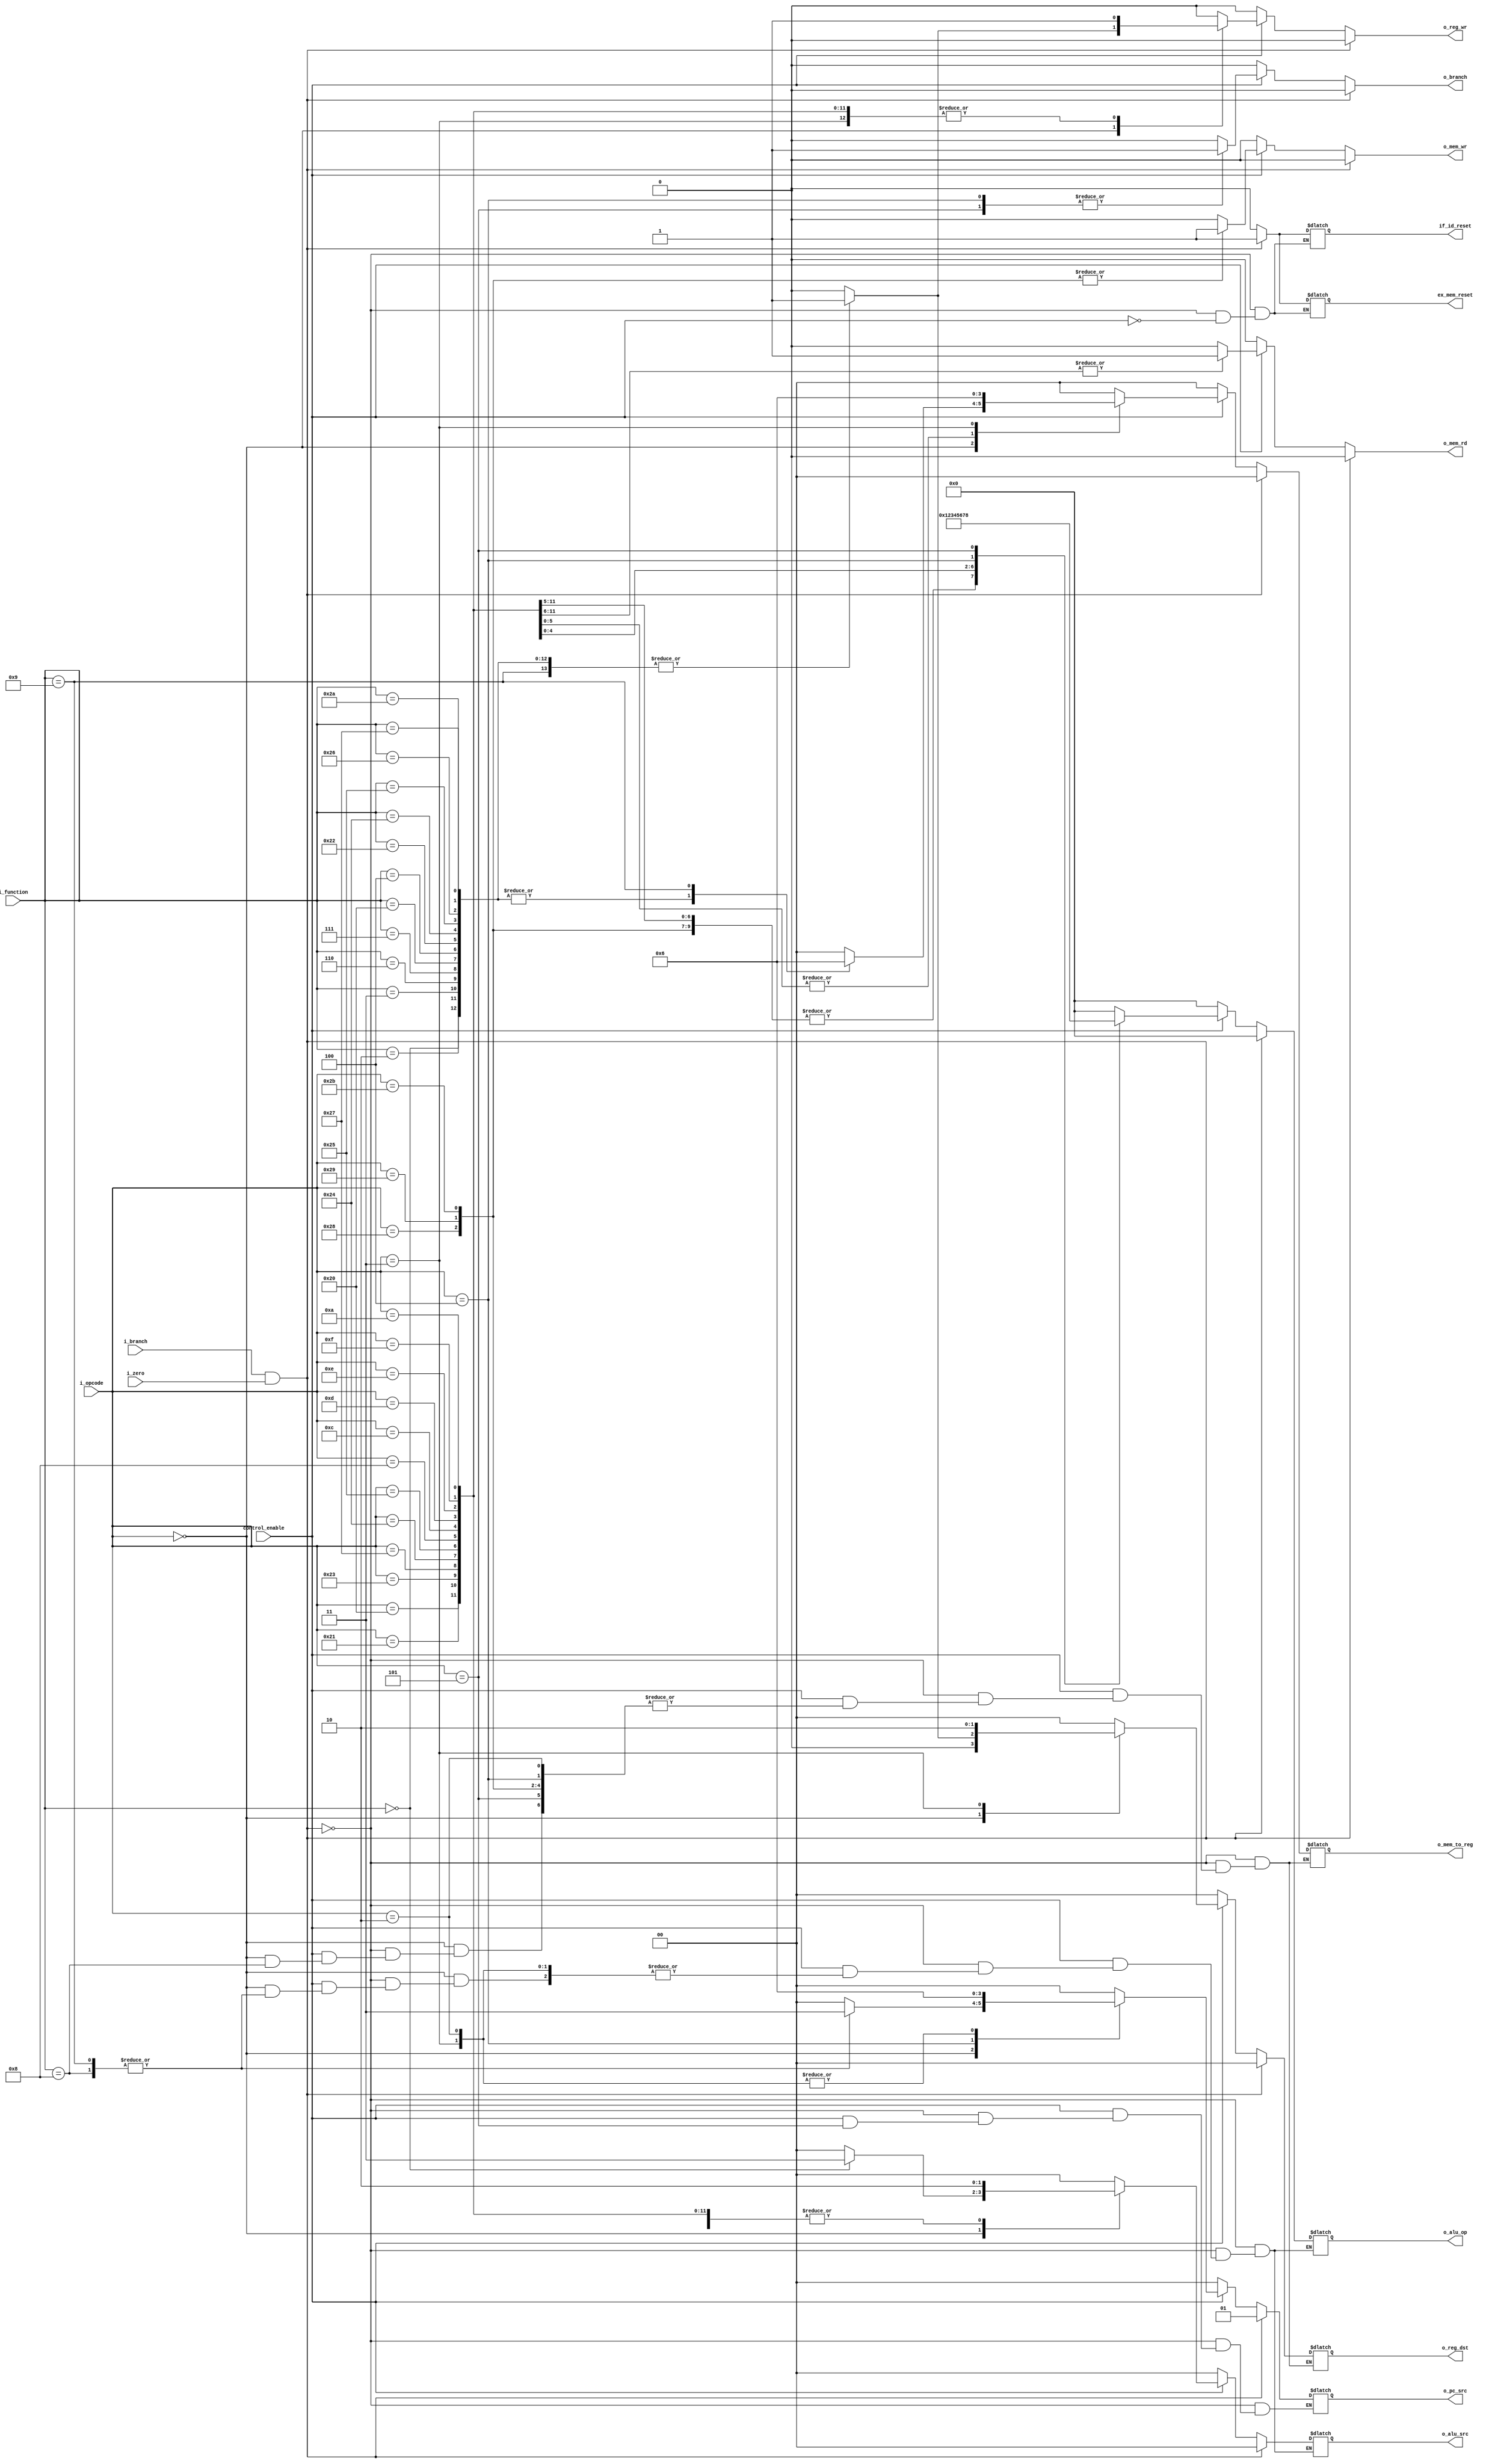
`timescale 1ns / 1ps
//////////////////////////////////////////////////////////////////////////////////
// Company: 
// Engineer: 
// 
// Design Name: 
// Module Name: Control
// Project Name: 
// Target Devices: 
// Tool Versions: 
// Description: 
// 
// Dependencies: 
// 
// Revision:
// Revision 0.01 - File Created
// Additional Comments:
// 
//////////////////////////////////////////////////////////////////////////////////


module Control#(

        //Parameters
        parameter   N_BITS_OPCODE    =   6,
        parameter   N_BITS_FUNCTION  =   6,
        parameter   N_BITS_ALUOP     =   4,
        
        parameter   R_TYPE_ALUCODE          =   4'b0000,
        parameter   LOAD_STORE_ADDI_ALUCODE =   4'b0001,
        parameter   ANDI_ALUCODE            =   4'b0010,
        parameter   ORI_ALUCODE             =   4'b0011,
        parameter   XORI_ALUCODE            =   4'b0100,
        parameter   LUI_ALUCODE             =   4'b0101,
        parameter   SLTI_ALUCODE            =   4'b0110,
        parameter   BEQ_ALUCODE             =   4'b0111,
        parameter   BNE_ALUCODE             =   4'b1000,
                
        parameter   R_TYPE_OPCODE    =   6'b000000,
        parameter   LB_OPCODE        =   6'b100000,
        parameter   LH_OPCODE        =   6'b100001,
        parameter   LW_OPCODE        =   6'b100011,
        parameter   LWU_OPCODE       =   6'b100111,
        parameter   LBU_OPCODE       =   6'b100100,
        parameter   LHU_OPCODE       =   6'b100101,
        parameter   SB_OPCODE        =   6'b101000,
        parameter   SH_OPCODE        =   6'b101001,
        parameter   SW_OPCODE        =   6'b101011,
        parameter   ADDI_OPCODE      =   6'b001000,
        parameter   ANDI_OPCODE      =   6'b001100,   
        parameter   ORI_OPCODE       =   6'b001101,    
        parameter   XORI_OPCODE      =   6'b001110,    
        parameter   LUI_OPCODE       =   6'b001111,   
        parameter   SLTI_OPCODE      =   6'b001010,    
        parameter   BEQ_OPCODE       =   6'b000100,        
        parameter   BNE_OPCODE       =   6'b000101,
        parameter   J_OPCODE         =   6'b000010,  
        parameter   JAL_OPCODE       =   6'b000011,   
        
        parameter   SLL_FUNCTIONCODE =  6'b000000,
        parameter   SRL_FUNCTIONCODE =  6'b000010,
        parameter   SRA_FUNCTIONCODE =  6'b000011,
        parameter   ADD_FUNCTIONCODE =  6'b100000,
        parameter   SUB_FUNCTIONCODE =  6'b100010,
        parameter   AND_FUNCTIONCODE =  6'b100100,
        parameter   OR_FUNCTIONCODE  =  6'b100101,
        parameter   XOR_FUNCTIONCODE =  6'b100110,
        parameter   NOR_FUNCTIONCODE =  6'b100111,
        parameter   SLT_FUNCTIONCODE =  6'b101010,
        parameter   SLLV_FUNCTIONCODE = 6'b000100,
        parameter   SRLV_FUNCTIONCODE = 6'b000110,
        parameter   SRAV_FUNCTIONCODE = 6'b000111,
        parameter   JALR_FUNCTIONCODE = 6'b001001,
        parameter   JR_FUNCTIONCODE   = 6'b001000
    )
    (
        //Input 
        input   wire    control_enable,
        input   wire    i_zero, i_branch,
        input   wire    [N_BITS_OPCODE - 1 : 0]     i_opcode,
        input   wire    [N_BITS_FUNCTION - 1 : 0]   i_function,
        
        //Output
        output  reg             o_reg_wr,
        output  reg     [1:0]   o_reg_dst,
        output  reg             o_branch,
        output  reg             o_mem_rd, o_mem_wr,
        output  reg     [1:0]   o_alu_src,o_pc_src,
        output  reg     [N_BITS_ALUOP - 1 : 0]  o_alu_op,
        output  reg     [1:0]   o_mem_to_reg,
        //Output en caso de branch, para realizar un flush 
        output  reg             if_id_reset,
        output  reg             ex_mem_reset  
    );
    
    always@(*)
    begin
        //Si se ejecuto un branch, flush sobre las instrucciones de ID, EX
        if(i_branch && i_zero) //VER PORQUE IMPORTA LA SEAL DE CERO
        begin
            if_id_reset = 1'b1;
            ex_mem_reset = 1'b1;
            o_pc_src = 2'b01;           //IF (PC <= PC + offset + 1)
            o_reg_wr = 1'b0;            //ID
            o_alu_src = 2'b00;          //EX
            o_alu_op = R_TYPE_ALUCODE;
            o_reg_dst = 2'b00;
            o_mem_rd = 1'b0;            //MEM
            o_mem_wr = 1'b0;
            o_branch = 1'b0;
            o_mem_to_reg = 2'b00;       //WB
        end
        
        else if(control_enable)
        begin
            if_id_reset = 1'b0;
            ex_mem_reset = 1'b0;
            case(i_opcode)
                //Register type instuctions
                R_TYPE_OPCODE:
                begin
                    case(i_function)
                        SLL_FUNCTIONCODE:
                        begin
                            o_pc_src = 2'b00;               //IF
                            o_reg_wr = 1'b1;                //ID
                            o_alu_src = 2'b11;              //EX
                            o_alu_op = R_TYPE_ALUCODE;
                            o_reg_dst = 2'b01;
                            o_mem_rd = 1'b0;                //MEM
                            o_mem_wr = 1'b0;
                            o_branch = 1'b0;
                            o_mem_to_reg = 2'b01;           //WB
                        end
                        SRL_FUNCTIONCODE:
                        begin
                            o_pc_src = 2'b00;               //IF
                            o_reg_wr = 1'b1;                //ID
                            o_alu_src = 2'b00;              //EX
                            o_alu_op = R_TYPE_ALUCODE;
                            o_reg_dst = 2'b01;
                            o_mem_rd = 1'b0;                //MEM
                            o_mem_wr = 1'b0;
                            o_branch = 1'b0;
                            o_mem_to_reg = 2'b01;           //WB
                        end
                        SRA_FUNCTIONCODE:
                        begin
                            o_pc_src = 2'b00;               //IF
                            o_reg_wr = 1'b1;                //ID
                            o_alu_src = 2'b00;              //EX
                            o_alu_op = R_TYPE_ALUCODE;
                            o_reg_dst = 2'b01;
                            o_mem_rd = 1'b0;                //MEM
                            o_mem_wr = 1'b0;
                            o_branch = 1'b0;
                            o_mem_to_reg = 2'b01;           //WB
                        end
                        SRLV_FUNCTIONCODE:
                        begin
                            o_pc_src = 2'b00;               //IF
                            o_reg_wr = 1'b1;                //ID
                            o_alu_src = 2'b00;              //EX
                            o_alu_op = R_TYPE_ALUCODE;
                            o_reg_dst = 2'b01;
                            o_mem_rd = 1'b0;                //MEM
                            o_mem_wr = 1'b0;
                            o_branch = 1'b0;
                            o_mem_to_reg = 2'b01;           //WB
                        end
                        SRAV_FUNCTIONCODE:
                        begin
                            o_pc_src = 2'b00;               //IF
                            o_reg_wr = 1'b1;                //ID
                            o_alu_src = 2'b00;              //EX
                            o_alu_op = R_TYPE_ALUCODE;
                            o_reg_dst = 2'b01;
                            o_mem_rd = 1'b0;                //MEM
                            o_mem_wr = 1'b0;
                            o_branch = 1'b0;
                            o_mem_to_reg = 2'b01;           //WB
                        end
                        ADD_FUNCTIONCODE:
                        begin
                            o_pc_src = 2'b00;               //IF
                            o_reg_wr = 1'b1;                //ID
                            o_alu_src = 2'b00;              //EX
                            o_alu_op = R_TYPE_ALUCODE;
                            o_reg_dst = 2'b01;
                            o_mem_rd = 1'b0;                //MEM
                            o_mem_wr = 1'b0;
                            o_branch = 1'b0;
                            o_mem_to_reg = 2'b01;           //WB
                        end
                        SLLV_FUNCTIONCODE:
                        begin
                            o_pc_src = 2'b00;               //IF
                            o_reg_wr = 1'b1;                //ID
                            o_alu_src = 2'b00;              //EX
                            o_alu_op = R_TYPE_ALUCODE;
                            o_reg_dst = 2'b01;
                            o_mem_rd = 1'b0;                //MEM
                            o_mem_wr = 1'b0;
                            o_branch = 1'b0;
                            o_mem_to_reg = 2'b01;           //WB
                        end
                        SUB_FUNCTIONCODE:
                        begin
                            o_pc_src = 2'b00;               //IF
                            o_reg_wr = 1'b1;                //ID
                            o_alu_src = 2'b00;              //EX
                            o_alu_op = R_TYPE_ALUCODE;
                            o_reg_dst = 2'b01;
                            o_mem_rd = 1'b0;                //MEM
                            o_mem_wr = 1'b0;
                            o_branch = 1'b0;
                            o_mem_to_reg = 2'b01;           //WB
                        end
                        AND_FUNCTIONCODE:
                        begin
                            o_pc_src = 2'b00;               //IF
                            o_reg_wr = 1'b1;                //ID
                            o_alu_src = 2'b00;              //EX
                            o_alu_op = R_TYPE_ALUCODE;
                            o_reg_dst = 2'b01;
                            o_mem_rd = 1'b0;                //MEM
                            o_mem_wr = 1'b0;
                            o_branch = 1'b0;
                            o_mem_to_reg = 2'b01;           //WB
                        end
                        OR_FUNCTIONCODE:
                        begin
                            o_pc_src = 2'b00;               //IF
                            o_reg_wr = 1'b1;                //ID
                            o_alu_src = 2'b00;              //EX
                            o_alu_op = R_TYPE_ALUCODE;
                            o_reg_dst = 2'b01;
                            o_mem_rd = 1'b0;                //MEM
                            o_mem_wr = 1'b0;
                            o_branch = 1'b0;
                            o_mem_to_reg = 2'b01;           //WB
                        end
                        XOR_FUNCTIONCODE:
                        begin
                            o_pc_src = 2'b00;               //IF
                            o_reg_wr = 1'b1;                //ID
                            o_alu_src = 2'b00;              //EX
                            o_alu_op = R_TYPE_ALUCODE;
                            o_reg_dst = 2'b01;
                            o_mem_rd = 1'b0;                //MEM
                            o_mem_wr = 1'b0;
                            o_branch = 1'b0;
                            o_mem_to_reg = 2'b01;           //WB
                        end
                        NOR_FUNCTIONCODE:
                        begin
                            o_pc_src = 2'b00;               //IF
                            o_reg_wr = 1'b1;                //ID
                            o_alu_src = 2'b00;              //EX
                            o_alu_op = R_TYPE_ALUCODE;
                            o_reg_dst = 2'b01;
                            o_mem_rd = 1'b0;                //MEM
                            o_mem_wr = 1'b0;
                            o_branch = 1'b0;
                            o_mem_to_reg = 2'b01;           //WB
                        end
                        SLT_FUNCTIONCODE:
                        begin
                            o_pc_src = 2'b00;               //IF
                            o_reg_wr = 1'b1;                //ID
                            o_alu_src = 2'b00;              //EX
                            o_alu_op = R_TYPE_ALUCODE;
                            o_reg_dst = 2'b01;
                            o_mem_rd = 1'b0;                //MEM
                            o_mem_wr = 1'b0;
                            o_branch = 1'b0;
                            o_mem_to_reg = 2'b01;           //WB
                        end
                        JALR_FUNCTIONCODE:
                        begin
                            o_pc_src = 2'b11;               //IF
                            o_reg_wr = 1'b1;                //ID
                            //o_alu_src = 2'b00;              //EX
                            //o_alu_op = R_TYPE_ALUCODE;
                            o_reg_dst = 2'b01;
                            o_mem_rd = 1'b0;                //MEM
                            o_mem_wr = 1'b0;
                            o_branch = 1'b0;
                            o_mem_to_reg = 2'b10;           //WB
                        end
                        JR_FUNCTIONCODE:
                        begin
                            o_pc_src = 2'b11;               //IF
                            o_reg_wr = 1'b0;                //ID
                            //o_alu_src = 2'b00;              //EX
                            //o_alu_op = R_TYPE_ALUCODE;
                            //o_reg_dst = 2'b01;
                            o_mem_rd = 1'b0;                //MEM
                            o_mem_wr = 1'b0;
                            o_branch = 1'b0;
                            //o_mem_to_reg = 2'b10;           //WB
                        end
                        default:
                        begin
                            o_pc_src = 2'b00;               //IF
                            o_reg_wr = 1'b0;                //ID
                            o_alu_src = 2'b00;              //EX
                            o_alu_op = 'b0;
                            o_reg_dst = 2'b00;
                            o_mem_rd = 1'b0;                //MEM
                            o_mem_wr = 1'b0;
                            o_branch = 1'b0;
                            o_mem_to_reg = 2'b00;           //WB
                        end
                    endcase
                end
                
                //Immediate-type instructions
                LB_OPCODE:
                begin
                    o_pc_src = 2'b00;               //IF
                    o_reg_wr = 1'b1;                //ID
                    o_alu_src = 2'b10;              //EX
                    o_alu_op = LOAD_STORE_ADDI_ALUCODE;
                    o_reg_dst = 2'b00;
                    o_mem_rd = 1'b1;                //MEM
                    o_mem_wr = 1'b0;
                    o_branch = 1'b0;
                    o_mem_to_reg = 2'b00;           //WB
                end
                LH_OPCODE:
                begin
                    o_pc_src = 2'b00;               //IF
                    o_reg_wr = 1'b1;                //ID
                    o_alu_src = 2'b10;              //EX
                    o_alu_op = LOAD_STORE_ADDI_ALUCODE;
                    o_reg_dst = 2'b00;
                    o_mem_rd = 1'b1;                //MEM
                    o_mem_wr = 1'b0;
                    o_branch = 1'b0;
                    o_mem_to_reg = 2'b00;           //WB
                end
                LW_OPCODE:
                begin
                    o_pc_src = 2'b00;               //IF
                    o_reg_wr = 1'b1;                //ID
                    o_alu_src = 2'b10;              //EX
                    o_alu_op = LOAD_STORE_ADDI_ALUCODE;
                    o_reg_dst = 2'b00;
                    o_mem_rd = 1'b1;                //MEM
                    o_mem_wr = 1'b0;
                    o_branch = 1'b0;
                    o_mem_to_reg = 2'b00;           //WB
                end
                LWU_OPCODE:
                begin
                    o_pc_src = 2'b00;               //IF
                    o_reg_wr = 1'b1;                //ID
                    o_alu_src = 2'b10;              //EX
                    o_alu_op = LOAD_STORE_ADDI_ALUCODE;
                    o_reg_dst = 2'b00;
                    o_mem_rd = 1'b1;                //MEM
                    o_mem_wr = 1'b0;
                    o_branch = 1'b0;
                    o_mem_to_reg = 2'b00;           //WB
                end
                LBU_OPCODE:
                begin
                    o_pc_src = 2'b00;               //IF
                    o_reg_wr = 1'b1;                //ID
                    o_alu_src = 2'b10;              //EX
                    o_alu_op = LOAD_STORE_ADDI_ALUCODE;
                    o_reg_dst = 2'b00;
                    o_mem_rd = 1'b1;                //MEM
                    o_mem_wr = 1'b0;
                    o_branch = 1'b0;
                    o_mem_to_reg = 2'b00;           //WB
                end
                LHU_OPCODE:
                begin
                    o_pc_src = 2'b00;               //IF
                    o_reg_wr = 1'b1;                //ID
                    o_alu_src = 2'b10;              //EX
                    o_alu_op = LOAD_STORE_ADDI_ALUCODE;
                    o_reg_dst = 2'b00;
                    o_mem_rd = 1'b1;                //MEM
                    o_mem_wr = 1'b0;
                    o_branch = 1'b0;
                    o_mem_to_reg = 2'b00;           //WB
                end
                SB_OPCODE:
                begin
                    o_pc_src = 2'b00;               //IF
                    o_reg_wr = 1'b0;                //ID
                    o_alu_src = 2'b10;              //EX
                    o_alu_op = LOAD_STORE_ADDI_ALUCODE;
                    //o_reg_dst = 2'b00;
                    o_mem_rd = 1'b0;                //MEM
                    o_mem_wr = 1'b1;
                    o_branch = 1'b0;
                    //o_mem_to_reg = 2'b01;           //WB
                end
                SH_OPCODE:
                begin
                    o_pc_src = 2'b00;               //IF
                    o_reg_wr = 1'b0;                //ID
                    o_alu_src = 2'b10;              //EX
                    o_alu_op = LOAD_STORE_ADDI_ALUCODE;
                    //o_reg_dst = 2'b00;
                    o_mem_rd = 1'b0;                //MEM
                    o_mem_wr = 1'b1;
                    o_branch = 1'b0;
                    //o_mem_to_reg = 2'b01;           //WB
                end
                SW_OPCODE:
                begin
                    o_pc_src = 2'b00;               //IF
                    o_reg_wr = 1'b0;                //ID
                    o_alu_src = 2'b10;              //EX
                    o_alu_op = LOAD_STORE_ADDI_ALUCODE;
                    //o_reg_dst = 2'b00;
                    o_mem_rd = 1'b0;                //MEM
                    o_mem_wr = 1'b1;
                    o_branch = 1'b0;
                    //o_mem_to_reg = 2'b01;           //WB
                end
                ADDI_OPCODE:
                begin
                    o_pc_src = 2'b00;               //IF
                    o_reg_wr = 1'b1;                //ID
                    o_alu_src = 2'b10;              //EX
                    o_alu_op = LOAD_STORE_ADDI_ALUCODE;
                    o_reg_dst = 2'b00;
                    o_mem_rd = 1'b0;                //MEM
                    o_mem_wr = 1'b0;
                    o_branch = 1'b0;
                    o_mem_to_reg = 2'b01;           //WB
                end
                ANDI_OPCODE:
                begin
                    o_pc_src = 2'b00;               //IF
                    o_reg_wr = 1'b1;                //ID
                    o_alu_src = 2'b10;              //EX
                    o_alu_op = ANDI_ALUCODE;
                    o_reg_dst = 2'b00;
                    o_mem_rd = 1'b0;                //MEM
                    o_mem_wr = 1'b0;
                    o_branch = 1'b0;
                    o_mem_to_reg = 2'b01;           //WB
                end
                ORI_OPCODE:
                begin
                    o_pc_src = 2'b00;               //IF
                    o_reg_wr = 1'b1;                //ID
                    o_alu_src = 2'b10;              //EX
                    o_alu_op = ORI_ALUCODE;
                    o_reg_dst = 2'b00;
                    o_mem_rd = 1'b0;                //MEM
                    o_mem_wr = 1'b0;
                    o_branch = 1'b0;
                    o_mem_to_reg = 2'b01;           //WB
                end
                XORI_OPCODE:
                begin
                    o_pc_src = 2'b00;               //IF
                    o_reg_wr = 1'b1;                //ID
                    o_alu_src = 2'b10;              //EX
                    o_alu_op = XORI_ALUCODE;
                    o_reg_dst = 2'b00;
                    o_mem_rd = 1'b0;                //MEM
                    o_mem_wr = 1'b0;
                    o_branch = 1'b0;
                    o_mem_to_reg = 2'b01;           //WB
                end
                LUI_OPCODE:
                begin
                    o_pc_src = 2'b00;               //IF
                    o_reg_wr = 1'b1;                //ID
                    o_alu_src = 2'b10;              //EX
                    o_alu_op = LUI_ALUCODE;
                    o_reg_dst = 2'b00;
                    o_mem_rd = 1'b0;                //MEM
                    o_mem_wr = 1'b0;
                    o_branch = 1'b0;
                    o_mem_to_reg = 2'b01;           //WB
                end
                SLTI_OPCODE:
                begin
                    o_pc_src = 2'b00;               //IF
                    o_reg_wr = 1'b1;                //ID
                    o_alu_src = 2'b10;              //EX
                    o_alu_op = SLTI_ALUCODE;
                    o_reg_dst = 2'b00;
                    o_mem_rd = 1'b0;                //MEM
                    o_mem_wr = 1'b0;
                    o_branch = 1'b0;
                    o_mem_to_reg = 2'b01;           //WB
                end
                BEQ_OPCODE:
                begin
                    o_pc_src = 2'b01;               //IF
                    o_reg_wr = 1'b0;                //ID
                    o_alu_src = 2'b00;              //EX
                    o_alu_op = BEQ_ALUCODE;
                    //o_reg_dst = 2'b00;
                    o_mem_rd = 1'b0;                //MEM
                    o_mem_wr = 1'b0;
                    o_branch = 1'b1;
                    //o_mem_to_reg = 2'b01;           //WB
                end
                BNE_OPCODE:
                begin
                    //o_pc_src = 2'b00;               //IF
                    o_reg_wr = 1'b0;                //ID
                    o_alu_src = 2'b00;              //EX
                    o_alu_op = BNE_ALUCODE;
                    //o_reg_dst = 2'b00;
                    o_mem_rd = 1'b0;                //MEM
                    o_mem_wr = 1'b0;
                    o_branch = 1'b1;
                    //o_mem_to_reg = 2'b01;           //WB
                end
                J_OPCODE:
                begin
                    o_pc_src = 2'b10;               //IF
                    o_reg_wr = 1'b0;                //ID
                    //o_alu_src = 2'b11;              //EX
                    //o_alu_op = BRANCH_ALUCODE;
                    //o_reg_dst = 2'b00;
                    o_mem_rd = 1'b0;                //MEM
                    o_mem_wr = 1'b0;
                    o_branch = 1'b0;
                    //o_mem_to_reg = 2'b01;           //WB
                end
                JAL_OPCODE:
                begin
                    o_pc_src = 2'b10;               //IF
                    o_reg_wr = 1'b1;                //ID
                    //o_alu_src = 2'b11;              //EX
                    //o_alu_op = BEQ_ALUCODE;
                    o_reg_dst = 2'b10;
                    o_mem_rd = 1'b0;                //MEM
                    o_mem_wr = 1'b0;
                    o_branch = 1'b0;
                    o_mem_to_reg = 2'b10;           //WB
                end
                default:
                begin
                    o_pc_src = 2'b00;               //IF
                    o_reg_wr = 1'b0;                //ID
                    o_alu_src = 2'b00;              //EX
                    o_alu_op = 'b0;
                    o_reg_dst = 2'b00;
                    o_mem_rd = 1'b0;                //MEM
                    o_mem_wr = 1'b0;
                    o_branch = 1'b0;
                    o_mem_to_reg = 2'b00;           //WB
                end
            endcase
        end
        else
        begin
            o_pc_src = 2'b00;               //IF
            o_reg_wr = 1'b0;                //ID
            o_alu_src = 2'b00;              //EX
            o_alu_op = 'b0;
            o_reg_dst = 2'b00;
            o_mem_rd = 1'b0;                //MEM
            o_mem_wr = 1'b0;
            o_branch = 1'b0;
            o_mem_to_reg = 2'b00;           //WB
        end
    end  
    
endmodule